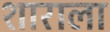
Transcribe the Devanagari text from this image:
शाराला